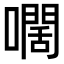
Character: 𡁡